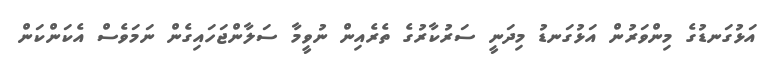
އަޅުގަނޑުގެ މިންވަރުން އަޅުގަނޑު މިދަނީ ސަރުކާރުގެ ތެރެއިން ނުވީމާ ސަލާންޖަހައިގެން ނަމަވެސް އެކަންކަން